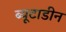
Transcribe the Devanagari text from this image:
ब्यूटाडीन